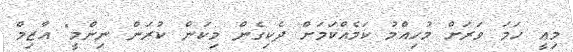
މިއީ ހަމަ ވަރަށް މުހިއްމު ކަމެއްކަމަށް ދެކިގެން މިކަން ކުރަން ނިންމީ" އާޒިމް